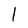
Character: l